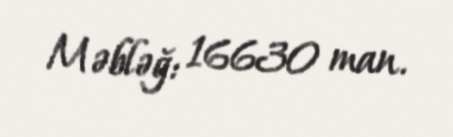
Məbləğ: 16630 man.